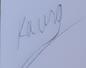
Signature authenticity: genuine